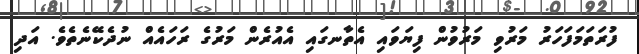
ފުރަތަމަފަހަރު މަރުވި މަރުވުން ފިޔަވައި އެތާނގައި އެއުރެން މަރުގެ ރަހައެއް ނުދެކޭނެތެވެ. އަދި